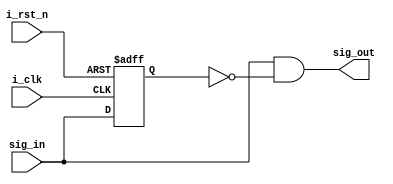
`timescale 1ns / 1ps
//////////////////////////////////////////////////////////////////////////////////
// Company: 
// Engineer: 
// 
// Design Name: 
// Module Name: edge_detector
// Project Name: 
// Target Devices: 
// Tool Versions: 
// Description: 
// 
// Dependencies: 
// 
// Revision:
// Revision 0.01 - File Created
// Additional Comments:
// 
//////////////////////////////////////////////////////////////////////////////////
module edge_detector(
    input i_clk,
    input i_rst_n,
    input sig_in,
    output sig_out
);
    reg sig_dlay;
    always @(posedge i_clk, negedge i_rst_n) begin
        if(!i_rst_n) begin
            sig_dlay <= 0;
        end
        else begin
            sig_dlay <= sig_in;
        end
    end
    assign sig_out = sig_in & ~sig_dlay;

endmodule